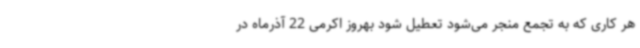
هر کاری که به تجمع منجر می‌شود تعطیل شود بهروز اکرمی 22 آذرماه در